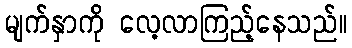
မျက်နှာကို လေ့လာကြည့်နေသည်။